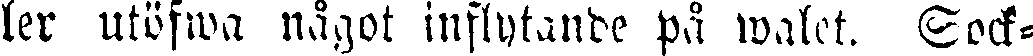
ler utöfwa något inflytande på walet. Sock-